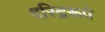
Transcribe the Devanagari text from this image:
दरिद्ररूपे